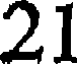
21